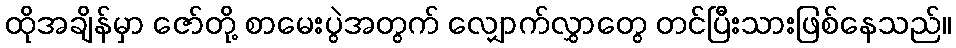
ထိုအချိန်မှာ ဇော်တို့ စာမေးပွဲအတွက် လျှောက်လွှာတွေ တင်ပြီးသားဖြစ်နေသည်။